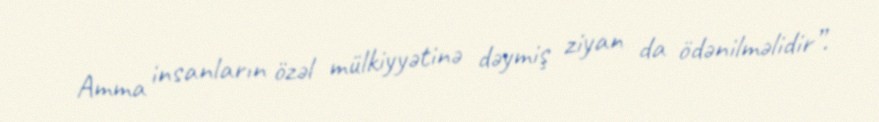
Amma insanların özəl mülkiyyətinə dəymiş ziyan da ödənilməlidir”.